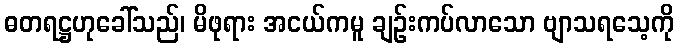
ဓတရဋ္ဌဟုခေါ်သည်၊ မိဖုရား အငယ်ကမူ ချဉ်းကပ်လာသော ဗျာသရသေ့ကို